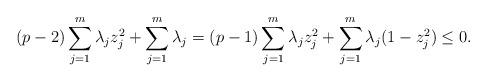
LaTeX: \begin{align*} (p-2)\sum^m_{j=1} \lambda_j z_j^2 + \sum^m_{j=1} \lambda_j = (p-1)\sum^m_{j=1} \lambda_j z_j^2 + \sum^m_{j=1} \lambda_j(1-z_j^2) \leq 0.\end{align*}